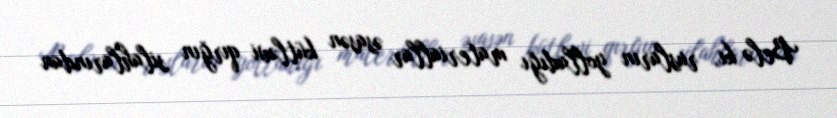
Belə ki, rusların yolladığı materiallar əsasən kütləvi qırğın silahlarından